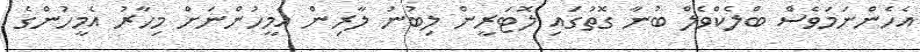
އެހެންނަމަވެސް ބްލެކްވެލް ބުނާ ގޮތުގައި ލޮޓަރީން ލިބުނު ލާރިން އެމީހުންނަށް މިހާރު އެމީހުންގެ